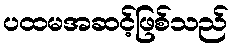
ပထမအဆင့်ဖြစ်သည်